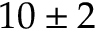
1 0 \pm 2